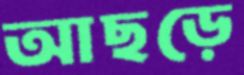
আছড়ে